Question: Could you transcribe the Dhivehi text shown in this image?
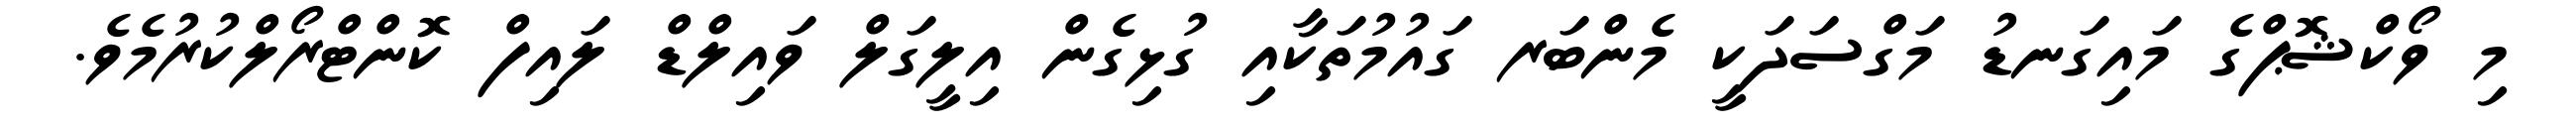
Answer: މި ވޯކްޝޮޕްގެ މައިގަނޑު މަގްސަދަކީ މެންބަރ ގައުމުތަކާއި ގުޅިގެން އިލީގަލް ވައިލްޑް ލައިފް ކޮންޓްރޯލްކުރުމެވެ.